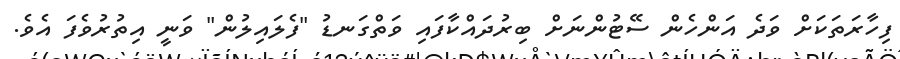
ފިހާރަތަކަށް ވަދެ އަންހެން ސޭޓުންނަށް ބިރުދައްކާފައި ވަތްގަނޑު "ފެލައިލުން" ވަނީ އިތުރުވެފަ އެވެ.